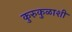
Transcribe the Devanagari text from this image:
कुरुकुळाशी